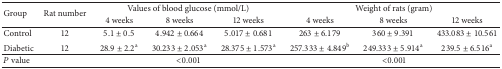
| <ROWSPAN=2> Group | <ROWSPAN=2> Rat number | <COLSPAN=3> Values of blood glucose (mmol/L) | <COLSPAN=3> Weight of rats (gram) |
 | 4 weeks | 8 weeks | 12 weeks | 4 weeks | 8 weeks | 12 weeks |
 | --- | --- | --- | --- | --- | --- | --- | --- |
 | Control | 12 | 5.1 ± 0.5 | 4.942 ± 0.664 | 5.017 ± 0.681 | 263 ± 6.179 | 360 ± 9.391 | 433.083 ± 10.561 |
 | Diabetic | 12 | 28.9 ± 2.2a | 30.233 ± 2.053a | 28.375 ± 1.573a | 257.333 ± 4.849b | 249.333 ± 5.914a | 239.5 ± 6.516a |
 | P value |  | <COLSPAN=3> <0.001 | <COLSPAN=3> <0.001 |